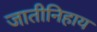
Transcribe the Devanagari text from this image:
जातीनिहाय